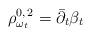
LaTeX: \begin{align*}\rho_{\omega_t} ^{0,\,2} =\bar\partial_t \beta_t\end{align*}